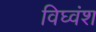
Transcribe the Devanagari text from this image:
विघ्वंश